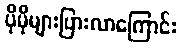
ပိုမိုများပြားလာကြောင်း